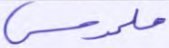
ملموس